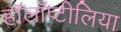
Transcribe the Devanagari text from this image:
हॉलॉप्टीलिया